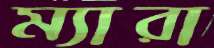
ম্যারা